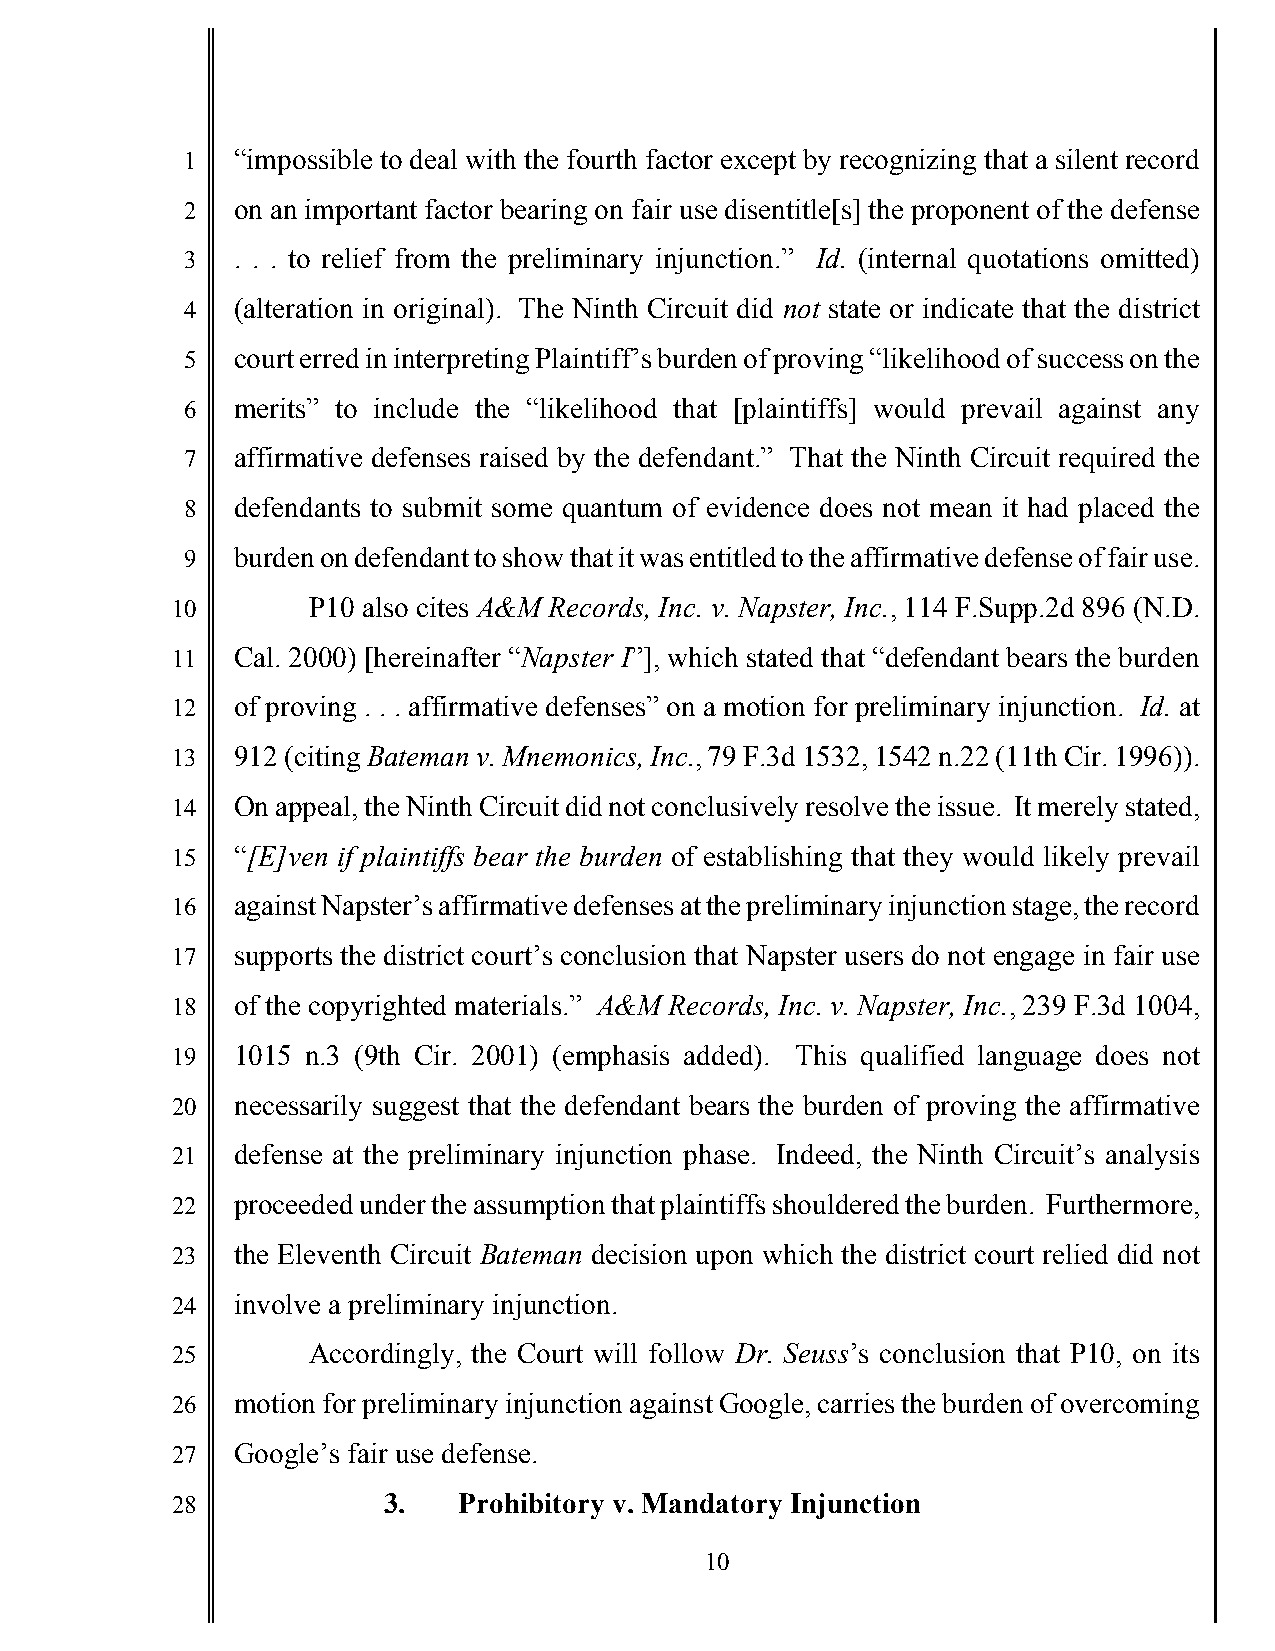
1   “impossible to deal with the fourth factor except by recognizing that a silent record
 2   on an important factor bearing on fair use disentitle[s] the proponent of the defense
 3   . . . to relief from the preliminary injunction.” Id. (internal quotations omitted)
 4   (alteration in original). The Ninth Circuit did not state or indicate that the district
 5   court erred in interpreting Plaintiff’s burden of proving “likelihood of success on the
 6   merits” to include the “likelihood that [plaintiffs] would prevail against any
 7   affirmative defenses raised by the defendant.” That the Ninth Circuit required the
 8   defendants to submit some quantum of evidence does not mean it had placed the
 9   burden on defendant to show that it was entitled to the affirmative defense of fair use.
 10       P10 also cites A&M Records, Inc. v. Napster, Inc., 114 F.Supp.2d 896 (N.D.
 11   Cal. 2000) [hereinafter “Napster I”], which stated that “defendant bears the burden
 12   of proving . . . affirmative defenses” on a motion for preliminary injunction. Id. at
 13   912 (citing Bateman v. Mnemonics, Inc., 79 F.3d 1532, 1542 n.22 (11th Cir. 1996)).
 14   On appeal, the Ninth Circuit did not conclusively resolve the issue. It merely stated,
 15   “[E]ven if plaintiffs bear the burden of establishing that they would likely prevail
 16   against Napster’s affirmative defenses at the preliminary injunction stage, the record
 17   supports the district court’s conclusion that Napster users do not engage in fair use
 18   of the copyrighted materials.” A&M Records, Inc. v. Napster, Inc., 239 F.3d 1004,
 19   1015 n.3 (9th Cir. 2001) (emphasis added). This qualified language does not
 20   necessarily suggest that the defendant bears the burden of proving the affirmative
 21   defense at the preliminary injunction phase. Indeed, the Ninth Circuit’s analysis
 22   proceeded under the assumption that plaintiffs shouldered the burden. Furthermore,
 23   the Eleventh Circuit Bateman decision upon which the district court relied did not
 24   involve a preliminary injunction.
 25       Accordingly, the Court will follow Dr. Seuss’s conclusion that P10, on its
 26   motion for preliminary injunction against Google, carries the burden of overcoming
 27   Google’s fair use defense.
 28            3.   Prohibitory v. Mandatory Injunction
 10